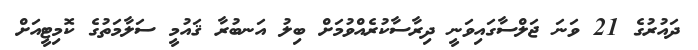
ދައުރުގެ 21 ވަނަ ޖަލްސާގައިވަނީ ދިރާސާކުރެއްވުމަށް ބިލު އަނބުރާ ޤައުމީ ސަލާމަތުގެ ކޮމިޓީއަށް